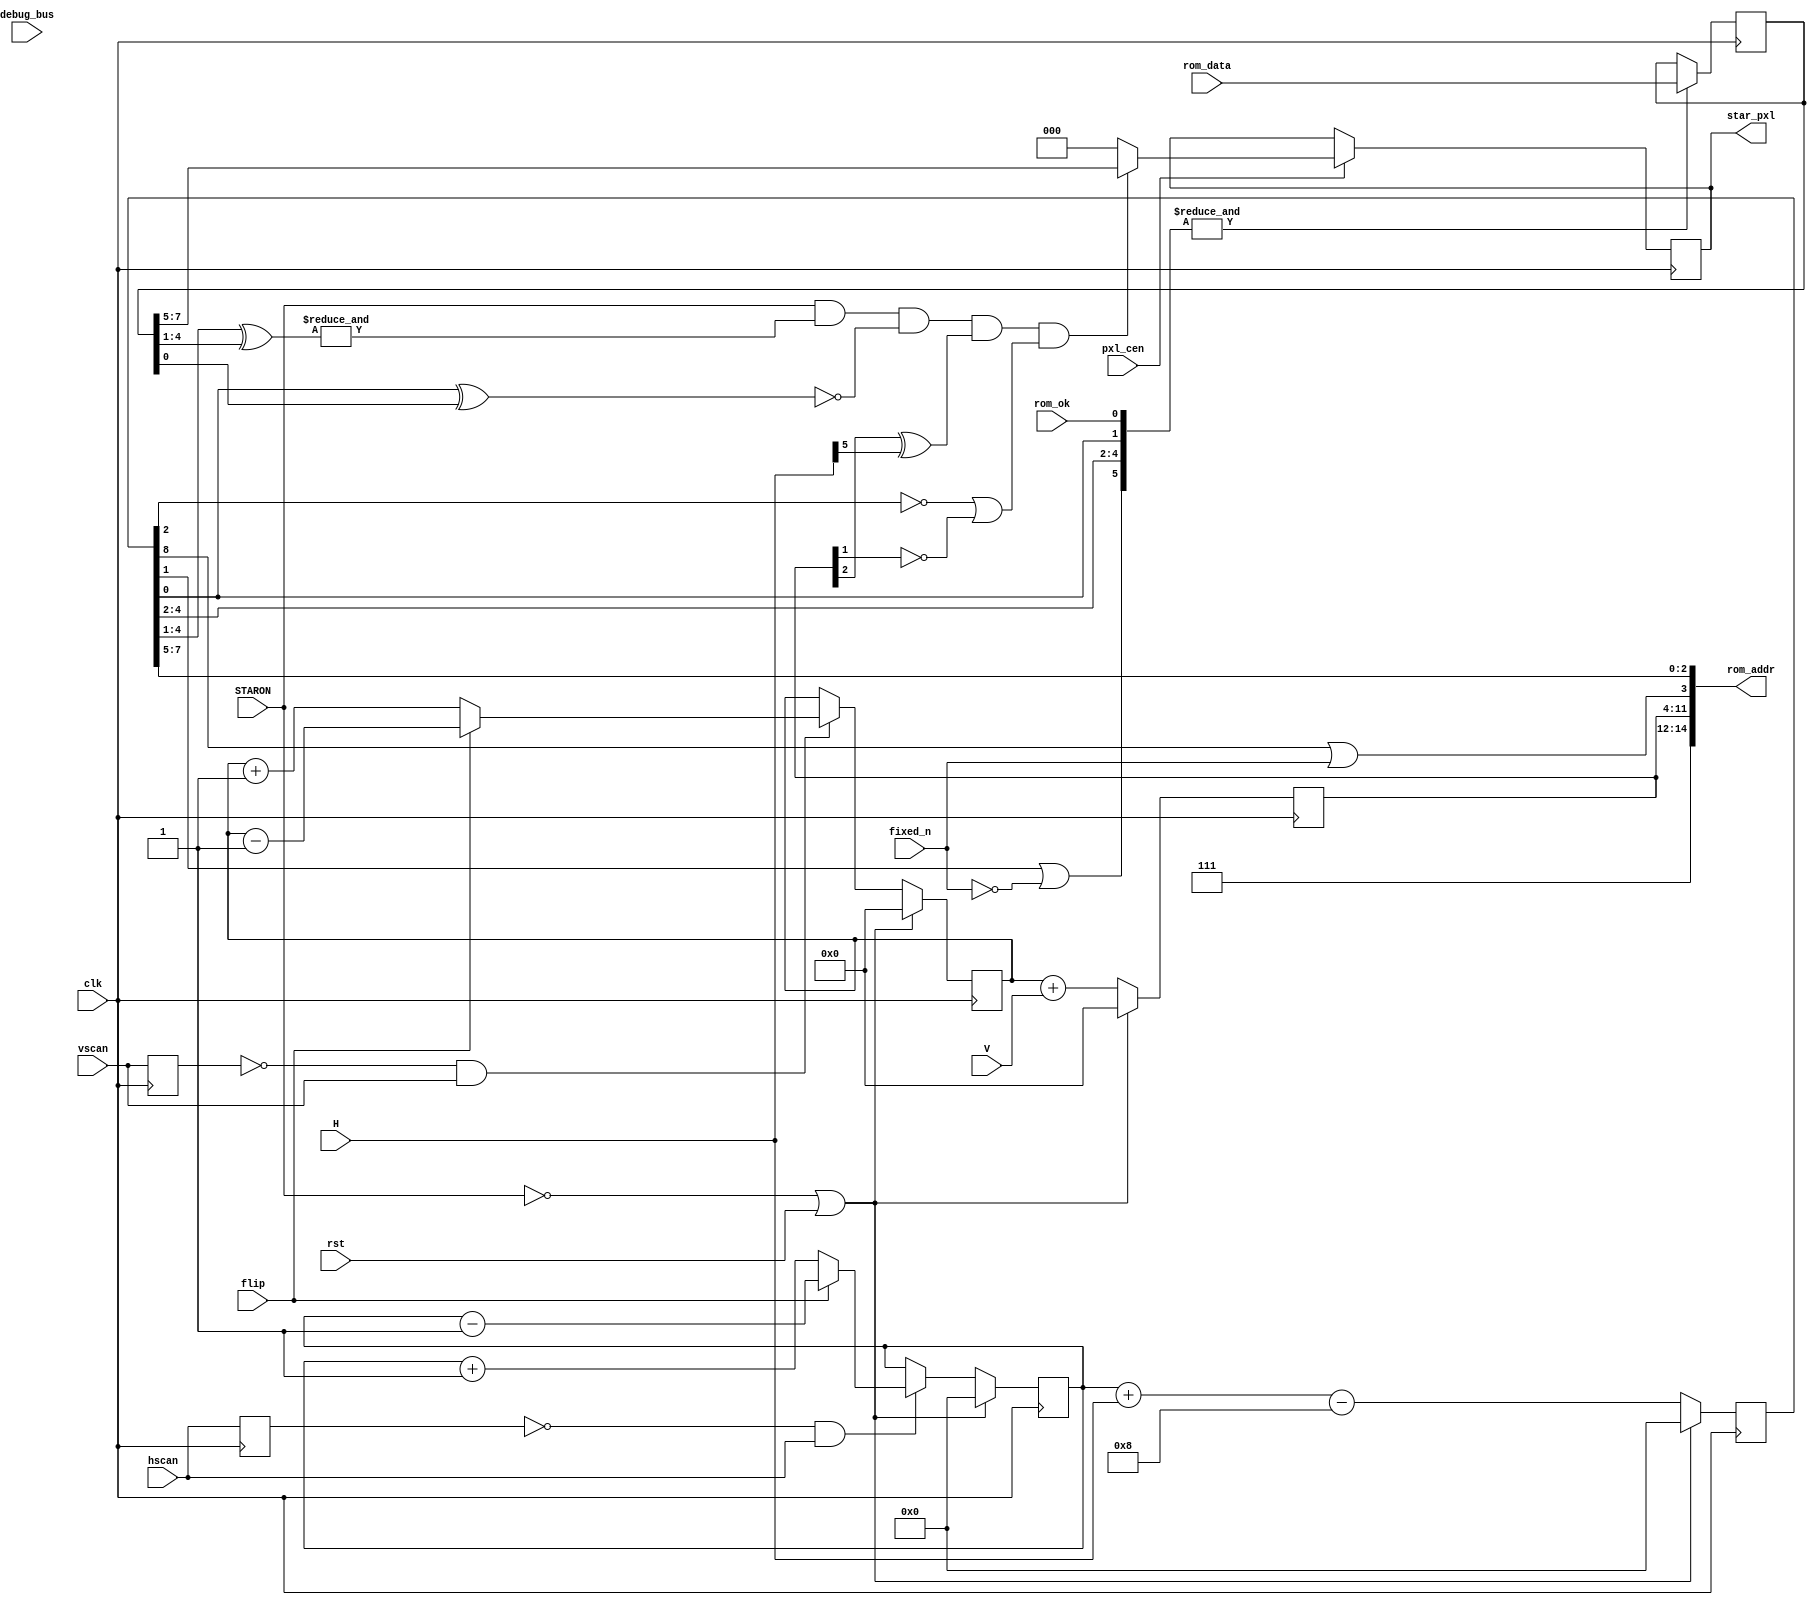
/*  This file is part of JTCORES.
    JTCORES program is free software: you can redistribute it and/or modify
    it under the terms of the GNU General Public License as published by
    the Free Software Foundation, either version 3 of the License, or
    (at your option) any later version.

    JTCORES program is distributed in the hope that it will be useful,
    but WITHOUT ANY WARRANTY; without even the implied warranty of
    MERCHANTABILITY or FITNESS FOR A PARTICULAR PURPOSE.  See the
    GNU General Public License for more details.

    You should have received a copy of the GNU General Public License
    along with JTCORES.  If not, see <http://www.gnu.org/licenses/>.

    Author: Jose Tejada Gomez. Twitter: @topapate
    Version: 1.0
    Date: 12-8-2020 */

module jtsarms_star(
    input               rst,
    input               clk,
    input               pxl_cen,
    input       [ 7:0]  V,
    input       [ 8:0]  H,
    input               fixed_n,
    // From CPU
    input               STARON,
    input               flip,
    input               hscan,
    input               vscan,
    // To SDRAM
    output      [14:0]  rom_addr,   // 27256
    input       [ 7:0]  rom_data,
    input               rom_ok,
    // Output star
    output reg  [ 2:0]  star_pxl,
    input       [ 7:0]  debug_bus
);

reg  [8:0] hcnt, hsum;
reg  [7:0] vcnt, vsum;
reg  [7:0] data;
reg        last_h, last_v;
wire       posedge_h = !last_h && hscan;
wire       posedge_v = !last_v && vscan;

// in aged PCBs hsum[8] gets stuck to 1
assign rom_addr = { 3'b111, vsum, hsum[8] | fixed_n, hsum[7:5] };

always @(posedge clk) begin
    last_h <= hscan;
    last_v <= vscan;
end

always @(posedge clk) begin
    if( !STARON || rst ) begin
        hcnt <= 9'd0;
        vcnt <= 8'd0;
        hsum <= 9'd0;
        vsum <= 8'd0;
    end else begin
        if( posedge_h ) hcnt<= flip ? hcnt-1'd1 : hcnt+1'd1;
        if( posedge_v ) vcnt<= flip ? vcnt-1'd1 : vcnt+1'd1;
        hsum <= hcnt + H - 9'd8;
        vsum <= vcnt + V;
    end
end

always @(posedge clk) begin
    // hsum[1] input to the large NAND is not connected (by pulling the pin off)
    // in the bootleg examined. Star field pictures from other boards match the
    // image with the pin pulled off. For the fixed version of the star field
    // I am connecting the pin as the designer intention.
    if( &{hsum[4:2], hsum[1]|~fixed_n, hsum[0], rom_ok} ) data <= rom_data;
    if(pxl_cen) begin
        star_pxl <= STARON && &(hsum[4:1]^data[4:1]) && ~(hsum[0]^data[0])
                    && (vsum[2]^H[5]) && (!hsum[2] || !vsum[1]) ?
            data[7:5] : 3'd0;
    end
end

endmodule